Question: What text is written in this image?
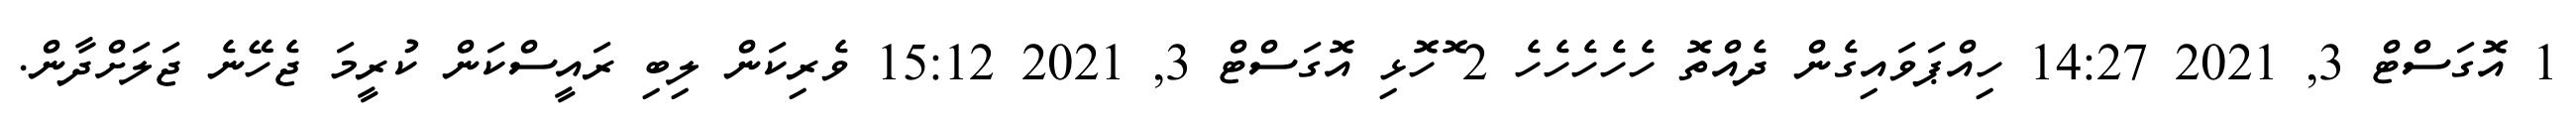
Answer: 1 އޮގަސްޓް 3, 2021 14:27 ހިއްޕަވައިގެން ދެއްތޮ ހެހެހެހެހެ 2 ޮހޮޅި އޮގަސްޓް 3, 2021 15:12 ވެރިކަން ލިބި ރައީސްކަން ކުރީމަ ޖެހޭނެ ޖަލަށްދާން.